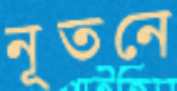
নূতনে